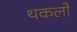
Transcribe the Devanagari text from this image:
थकलो